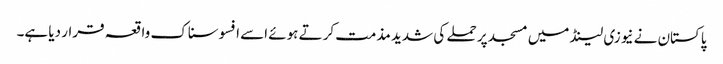
پاکستان نے نیوزی لینڈ میں مسجد پر حملے کی شدید مذمت کرتے ہوئے اسے افسوسناک واقعہ قرار دیا ہے۔